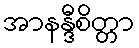
အာနန္ဒီစိတ္တာ